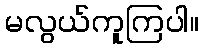
မလွယ်ကူကြပါ။